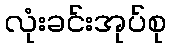
လုံးခင်းအုပ်စု